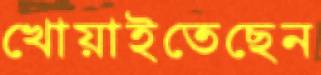
খোয়াইতেছেন